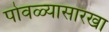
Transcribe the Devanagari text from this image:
पोवळ्यासारखा